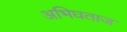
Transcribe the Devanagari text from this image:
अभिघताज